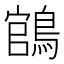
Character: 𬷡